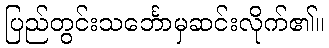
ပြည်တွင်းသင်္ဘောမှဆင်းလိုက်၏။